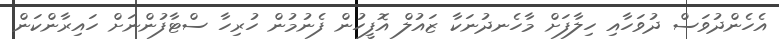
އެހެންދުވަސް ދުވަހާއި ހިލާފަށް މާހެނދުނަކާ ޒައުލް އޮފީހުން ފެނުމުން ހުރިހާ ސްޓާފުންނަށް ހައިރާންކަން